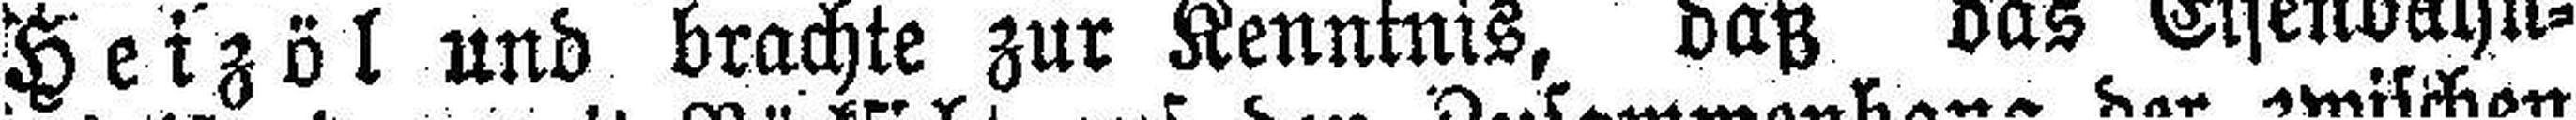
Heizöl und brachte zur Kenntnis, daß das Eisenbahn¬